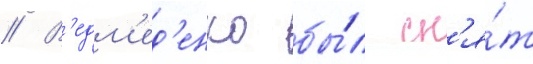
// В'едм'ед'енко бы́л сн'я́т